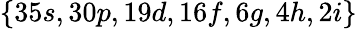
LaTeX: \{ 35s,30p,19d,16f,6g,4h,2i\}